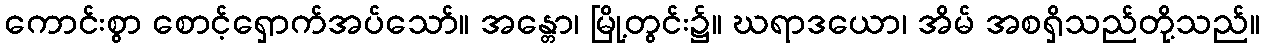
ကောင်းစွာ စောင့်ရှောက်အပ်သော်။ အန္တော၊ မြို့တွင်း၌။ ဃရာဒယော၊ အိမ် အစရှိသည်တို့သည်။